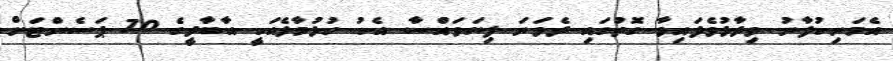
އެމަނިކުފާނު ވިދާޅުވެފައިވާ ގޮތުގައި ދެވަނަ ފިޔަވައްސާ އެކު ހުޅުމާލެއަކީ އާބާދީގެ 70 ޕަސެންޓަށް